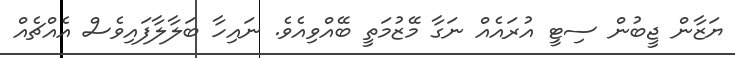
ޔަޒާން ޖީބުން ސިޓީ އުރައެއް ނަގާ މޭޒުމަތީ ބޭއްވިއެވެ. ނައިހާ ބަލާލާފައިވެސް އެއްޗެއް